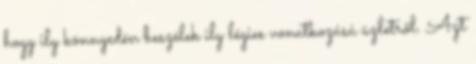
hogy ily könnyedén beszélek ily légies vonatkozású üzletről. Azt